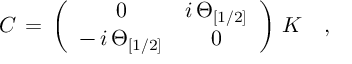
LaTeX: { \cal C } \, = \, \left( \begin{array} { c c } { { 0 } } & { { i \, \Theta _ { [ 1 / 2 ] } } } \\ { { - \, i \, \Theta _ { [ 1 / 2 ] } } } & { { 0 } } \end{array} \right) \, { \cal K } \quad ,